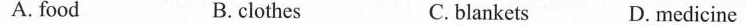
A. food B. clothes C.blankets D. medicine